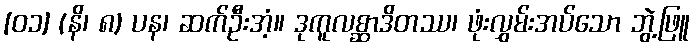
[၀၁] (နိ၊ ၈) ပန၊ ဆက်ဦးအံ့။ ဒုကူလစ္ဆာဒိတဿ၊ ဖုံးလွှမ်းအပ်သော ဘွဲ့ဖြူ